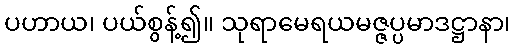
ပဟာယ၊ ပယ်စွန့်၍။ သုရာမေရယမဇ္ဇပ္ပမာဒဋ္ဌာနာ၊